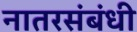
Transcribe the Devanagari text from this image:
नातरसंबंधी